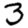
Digit: 3